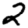
Digit: 2